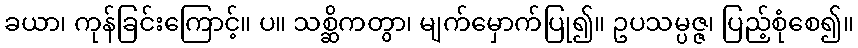
ခယာ၊ ကုန်ခြင်းကြောင့်။ ပ။ သစ္ဆိကတွာ၊ မျက်မှောက်ပြု၍။ ဥပသမ္ပဇ္ဇ၊ ပြည့်စုံစေ၍။